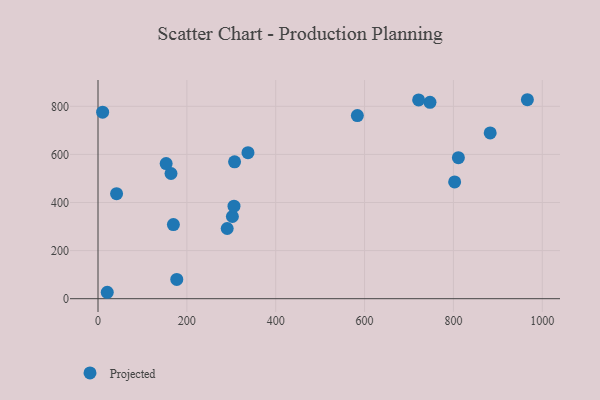
{"axis": {"x": "Investment", "y": "Salary"}, "legend": ["Projected"], "data": [{"x": "164.3", "y": 520.7, "type": "Projected"}, {"x": "307.4", "y": 569.2, "type": "Projected"}, {"x": "290.8", "y": 292.0, "type": "Projected"}, {"x": "20.8", "y": 26.7, "type": "Projected"}, {"x": "802.8", "y": 485.5, "type": "Projected"}, {"x": "169.7", "y": 308.2, "type": "Projected"}, {"x": "177.3", "y": 80.0, "type": "Projected"}, {"x": "747.3", "y": 816.7, "type": "Projected"}, {"x": "153.4", "y": 562.0, "type": "Projected"}, {"x": "811.2", "y": 586.4, "type": "Projected"}, {"x": "302.5", "y": 341.8, "type": "Projected"}, {"x": "41.8", "y": 436.9, "type": "Projected"}, {"x": "966.5", "y": 827.4, "type": "Projected"}, {"x": "337.6", "y": 607.1, "type": "Projected"}, {"x": "882.8", "y": 689.2, "type": "Projected"}, {"x": "306.1", "y": 384.6, "type": "Projected"}, {"x": "10.4", "y": 775.6, "type": "Projected"}, {"x": "721.7", "y": 826.5, "type": "Projected"}, {"x": "583.8", "y": 761.3, "type": "Projected"}]}